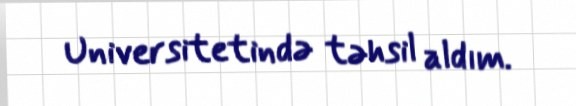
Universitetində təhsil aldım.